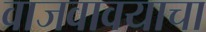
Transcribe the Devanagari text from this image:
वाजवावयाचा